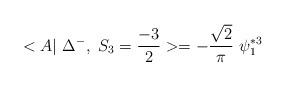
LaTeX: \begin{align*}<A|~\Delta^{-}, ~S_3=\frac{-3}{2} >=- \frac{\sqrt{2}}{\pi} ~\psi_1^{*3}\end{align*}